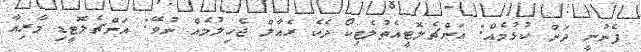
ފެނުނީ ދަށް ކުޅުމެއް: އަންޗެލޮޓީއެތުލެޓިކޯ ދެކެ ރެއާލް ޖެހިލުމެއް ނުވޭ: އަންޗެލޮޓީޑި މާރިއާ